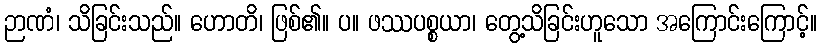
ဉာဏံ၊ သိခြင်းသည်။ ဟောတိ၊ ဖြစ်၏။ ပ။ ဖဿပစ္စယာ၊ တွေ့သိခြင်းဟူသော အကြောင်းကြောင့်။